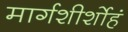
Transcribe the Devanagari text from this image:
मार्गशीर्शोहं